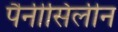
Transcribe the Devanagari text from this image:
पैनीसिलीन